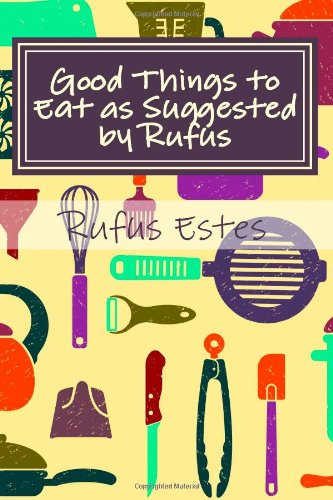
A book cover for Good Things to Eat as Suggested by Rufus: A Collection of Practical Recipes for Preparing Meats,  Game, Fowl, Fish, Puddings, Pastries, Etc.; Rufus Estes; Cookbooks, Food & Wine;